Vaccination in Bombay 1913-1923 - 1913-1923
Year: 1913
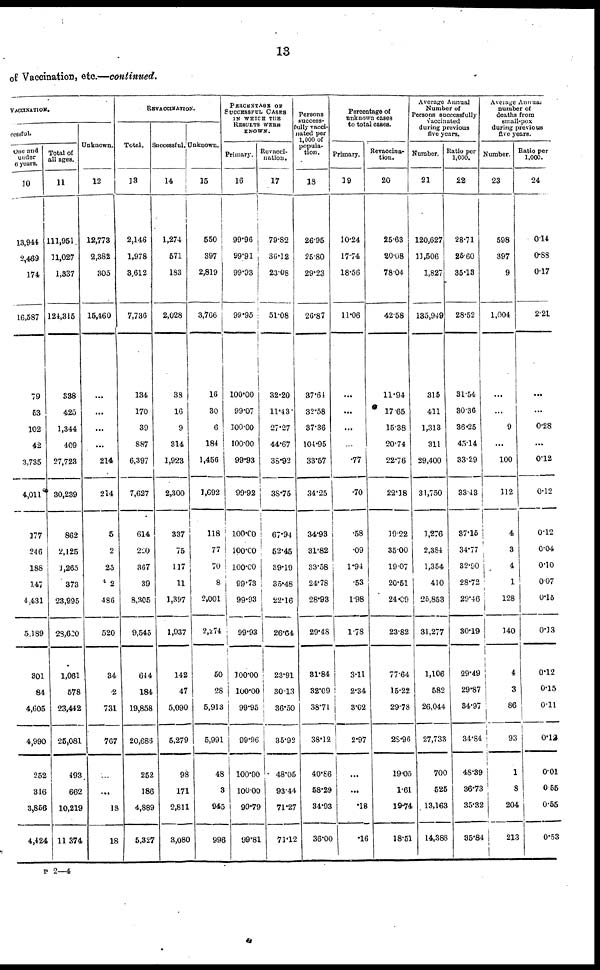
13
of Vaccination, etc.—continued.
VACCINATION.
cesssful.
One and
under
6 years.
10
13,944
2,469
174
16,587
79
53
102
42
3,735
4,011.
177
246
188
147
4,431
5,189
301
84
4,605
4,990
252
316
3,856
4,424
Total of
all ages.
11
111,951
11,027
1,337
121,315
338
425
1,344
409
27,723
30,239
862
2,125
1,265
373
23,995
28,620
1,061
578
23,442
25,081
493
662
10,219
11,374
Unknown.
12
12,773
2,382
305
15,460
...
...
...
...
214
214
5
2
25
2
486
520
34
2
731
767
...
...
18
18
REVACCINATION.
Total.
13
2,146
1,978
3,612
7,736
134
170
39
887
6,397
7,627
614
220
367
39
8,305
9,545
644
184
19,858
20,686
252
186
4,889
5,327
Successful.
14
1,274
571
183
2,028
38
16
9
314
1,923
2,300
337
75
117
11
1,397
1,937
142
47
5,090
5,279
98
171
2,811
3,080
Unknown.
15
550
397
2,819
3,766
16
30
6
184
1,456
1,692
118
77
70
8
2,001
2,274
50
28
5,913
5,991
48
3
945
996
PERCENTAGE OF
SUCCESSFUL CASES
IN WHICH THE
RESULTS WERE
KNOWN.
Primary.
16
99.96
99.91
99.93
99.95
100.00
99.07
100.00
100.00
99.93
99.92
100.00
100.00
100.00
99.73
99.93
99.93
100.00
100.00
99.95
99.96
100.00
100.00
99.79
99.81
Revacci¬
nation.
17
79.82
36.12
23.08
51.08
32.20
11.43
27.27
44.67
38.92
38.75
67.94
52.45
39.19
35.48
22.16
26.64
23.91
30.13
36.50
35.92
48.05
93.44
71.27
71.12
Persons
success¬
fully vacci¬
nated per
1,000 of
popula-
tion.
18
26.95
25.80
29.23
26.87
37.64
32.58
37.36
104.95
33.57
34.25
34.93
31.82
33.58
24.78
28.93
29.48
31.84
32.09
38.71
38.12
40.66
58.29
34.93
36.00
Percentage of
unknown cases
to total cases.
Primary.
19
10.24
17.74
18.56
11.06
...
...
...
...
.77
.70
.58
.09
1.94
.53
1.98
1.78
3.11
2.34
3.02
2.97
...
...
.18
.16
Revaccina¬
tion.
20
25.63
20.08
78.04
42.58
11.94
17.65
15.38
20.74
22.76
22.18
19.22
35.00
19.07
20.51
24.09
23.82
77.64
15.22
29.78
28.96
19.05
1.61
19.74
18.51
Average Annual
Number of
Persons successfully
vaccinated
during previous
five years.
Number.
21
120,627
11,506
1,827
135,949
315
411
1,313
311
29,400
31,750
1,276
2,384
1,354
410
25,853
31,277
1,106
582
26,044
27,733
700
525
13,163
14,388
Ratio per
1,000.
22
28.71
25.60
35.13
28.52
31.54
30.36
36.25
45.14
33.29
33.43
37.15
34.77
32.90
28.72
29.46
30.19
29.49
29.87
34.97
34.84
48.39
36.73
35.32
35.84
Average Annual
number of
deaths from
small-pox
during previous
five years.
Number.
23
598
397
9
1,004
...
...
9
...
100
112
4
3
4
1
128
140
4
3
86
93
1
8
204
213
Ratio per
1,000.
24
0.14
0.88
0.17
2.21
...
...
0.28
...
0.12
0.12
0.12
0.04
0.10
0.07
0.15
0.13
0.12
0.15
0.11
0.12
0.01
0.55
0.55
0.53
P 2—4